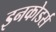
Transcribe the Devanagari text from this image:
इनकोडर्स